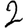
Digit: 2